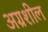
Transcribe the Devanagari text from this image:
अग्रशील